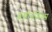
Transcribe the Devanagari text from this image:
इकॉनामिक्स